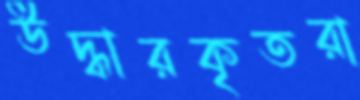
উদ্ধারকৃতরা